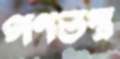
গণতন্ত্র